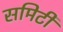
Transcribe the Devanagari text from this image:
समिटी